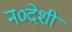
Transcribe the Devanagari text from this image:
न०देशी